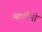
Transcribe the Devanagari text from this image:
म्हणौनी